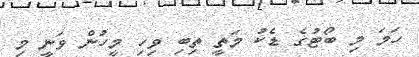
ހަމަ މި ބޯޓުގެ ޑެކު މަތީ ތިބި ވިހި މީހުން ވަނީ މި